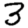
Digit: 3